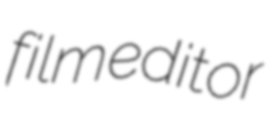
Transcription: film editor